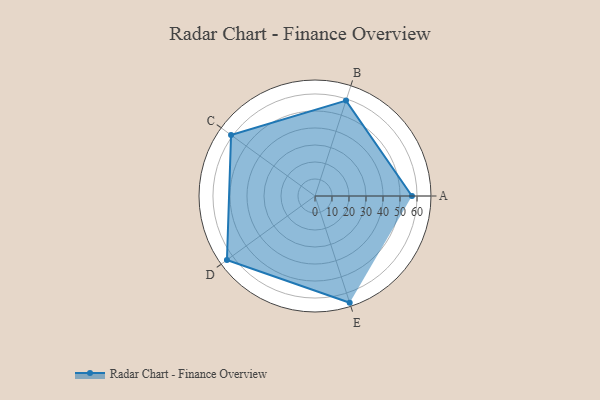
{"axis": {"x": "Skill", "y": "Score"}, "legend": ["Profile"], "data": [{"x": "A", "y": 57.0, "type": "Profile"}, {"x": "B", "y": 59.0, "type": "Profile"}, {"x": "C", "y": 61.0, "type": "Profile"}, {"x": "D", "y": 64.0, "type": "Profile"}, {"x": "E", "y": 66.0, "type": "Profile"}]}